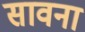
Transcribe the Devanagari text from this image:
सावना